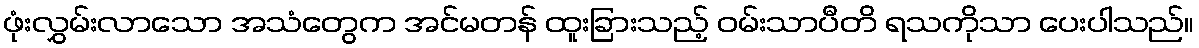
ဖုံးလွှမ်းလာသော အသံတွေက အင်မတန် ထူးခြားသည့် ဝမ်းသာပီတိ ရသကိုသာ ပေးပါသည်။